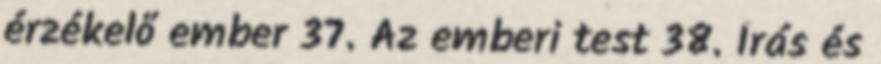
érzékelő ember 37. Az emberi test 38. Írás és